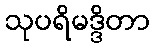
သုပရိမဒ္ဒိတာ